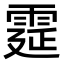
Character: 𩃀